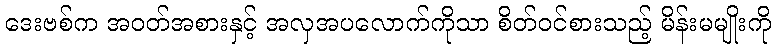
ဒေးဗစ်က အဝတ်အစားနှင့် အလှအပလောက်ကိုသာ စိတ်ဝင်စားသည့် မိန်းမမျိုးကို